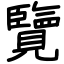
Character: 覽